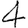
Digit: 4